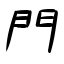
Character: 門